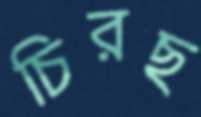
চিরছ